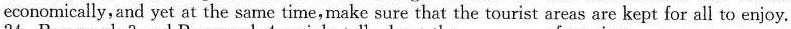
economically,and yet at the same time,make sure that the tourist areas are kept for all to enjoy.